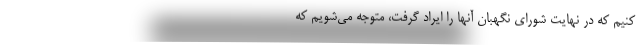
کنیم که در نهایت شورای نگهبان آنها را ایراد گرفت، متوجه می‌شویم که